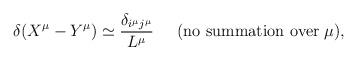
LaTeX: \begin{align*}\delta (X^\mu - Y^\mu) \simeq \frac{\delta_{i^\mu j^\mu}}{L^\mu} \;\;\;\;\; (\mbox{no summation over} \; \mu) ,\end{align*}